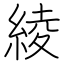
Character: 綾